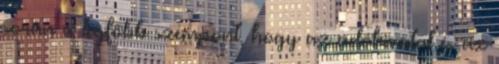
során a legfőbb szempont, hogy az adóhivatal és az